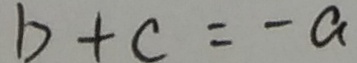
b + c = - a